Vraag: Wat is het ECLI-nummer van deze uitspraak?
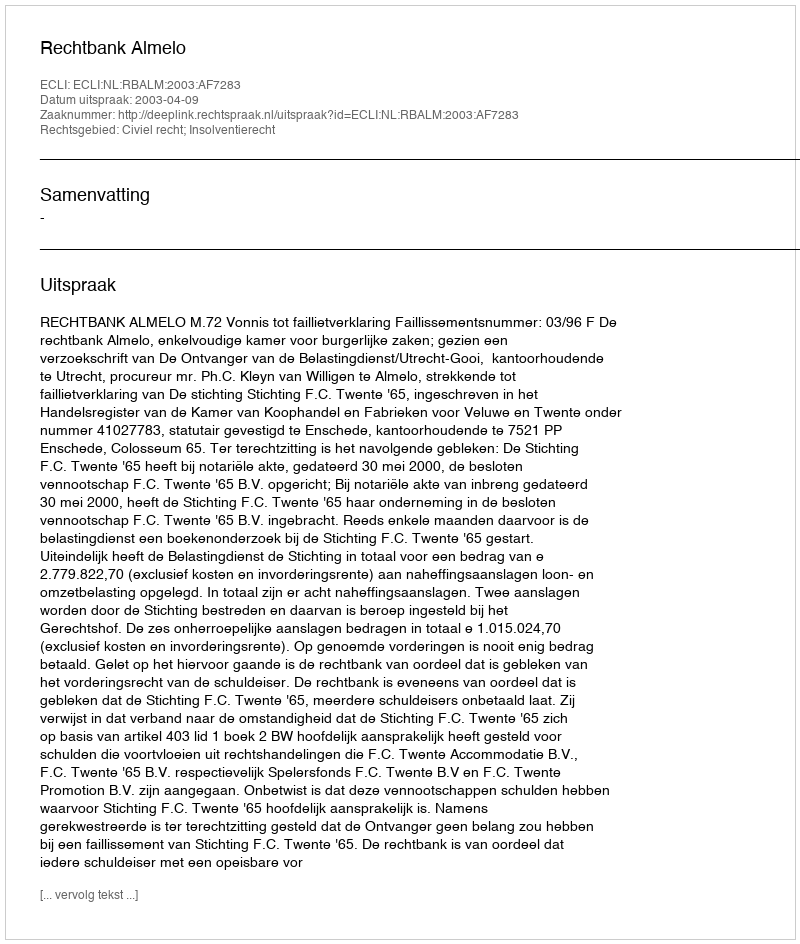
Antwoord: ECLI:NL:RBALM:2003:AF7283